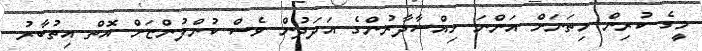
މީގެ ކުރިން މިތަނަށް އަންނަ ހިއްސާދާރުންގެ އަދަދުން ވެސް ކުންފުންޏަށް އޮތް އިތުބާރު